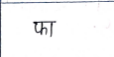
मजकूर: फा